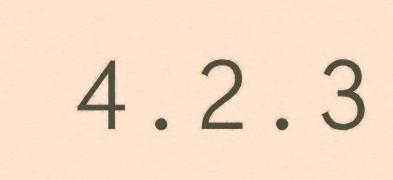
4.2.3